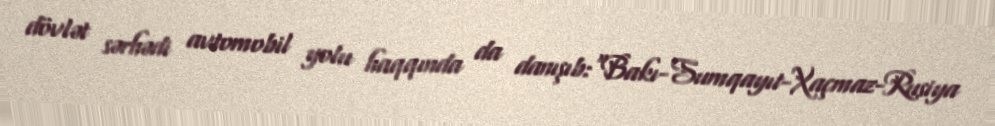
dövlət sərhədi avtomobil yolu haqqında da danışıb:“Bakı-Sumqayıt-Xaçmaz-Rusiya